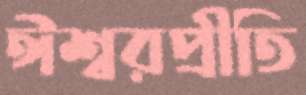
ঈশ্বরপ্রীতি